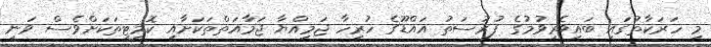
މި ހަރަކާތުގައި ބައިވެރިވުމުގެ ފުރުސަތު އައްޑޫގެ ހުރިހާ ޖަމިއްޔާ ޖަމާއަތްތަކަށާއި ކޮމިޓީތަކަށްވެސް ވަނީ